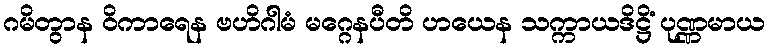
ဂမိတွာန ဝိကာရေန ဗဟိဂါမံ မဂ္ဂေနပီတိ ဟယေန သက္ကာယဒိဋ္ဌိံ ပုဏ္ဏမာယ